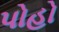
પોહો